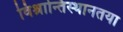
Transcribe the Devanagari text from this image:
विश्रान्तिस्थानतया